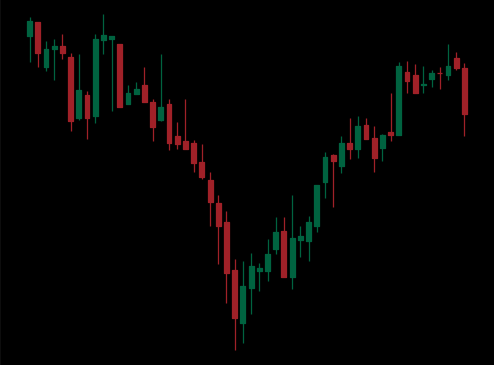
Pattern: inverse_head_shoulders